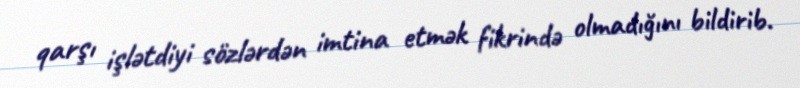
qarşı işlətdiyi sözlərdən imtina etmək fikrində olmadığını bildirib.